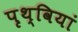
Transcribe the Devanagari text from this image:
पृथ्वियां